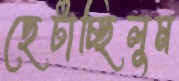
ছেটাচ্ছিলুম